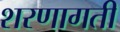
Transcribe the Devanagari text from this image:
शरणागती